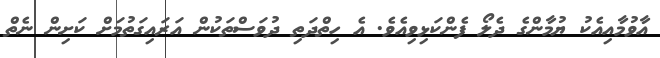
އާވުމާއިއެކު ޔުމާންގެ ދެލޯ ފެންކަޅިވިއެވެ. އެ ހިތްދަތި ދުވަސްތަކުން އަރައިގަތުމަށް ކަށިން ނެތް